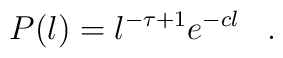
P(l)=l^{-\tau+1}e^{-cl}\,\,\,\,\,.\,\,\,\,\,